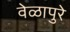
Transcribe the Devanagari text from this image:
वेळापुरे